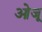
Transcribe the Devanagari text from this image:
ओजू